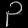
Digit: ၃